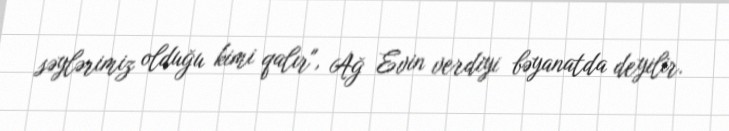
səylərimiz olduğu kimi qalır", Ağ Evin verdiyi bəyanatda deyilir.